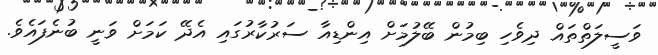
ވަސީލަތްތައް ދިވެހި ބިމުން ބޭލުމަށް އިންޑިއާ ސަރުކާރުގައި އެދޭ ކަމަށް ވަނީ ބުނެފައެވެ.